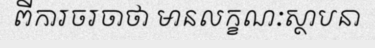
ពីការចរចាថា មានលក្ខណៈស្ថាបនា